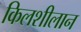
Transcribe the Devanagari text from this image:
किलशीलान